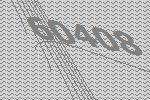
60408